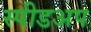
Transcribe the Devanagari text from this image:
स्पीडअप